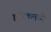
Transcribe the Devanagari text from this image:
झुरिकमध्ये